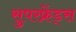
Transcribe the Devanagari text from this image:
सुपरफ्रेंड्स